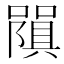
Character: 𭋧